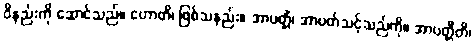
ဝိနည်းကို ဆောင်သည်။ ဟောတိ၊ ဖြစ်သနည်း။ အာပတ္တိံ၊ အာပတ်သင့်သည်ကို။ အာပတ္တီတိ၊